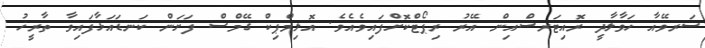
ސަރވޭއާ ހަވާލާދީ ރޮއިޓަރސްއިން އޭރު ރިޕޯޓްކޮށްފައިވެއެވެ. އޮލިމްޕިކް ގޭމްސް ފަށަން ކަނޑައަޅާފައިވާ ތާރީޚު